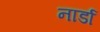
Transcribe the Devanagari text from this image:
नार्डा